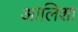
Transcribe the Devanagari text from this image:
आलिशा